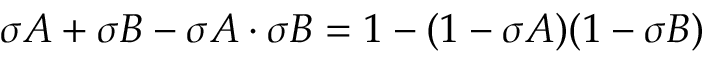
\sigma A + \sigma B - \sigma A \cdot \sigma B = 1 - ( 1 - \sigma A ) ( 1 - \sigma B )